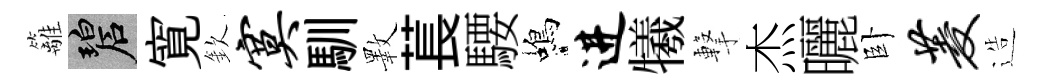
籬碧寛欽寞馴斁萇騕蝎进犧撃杰曬卧菱造